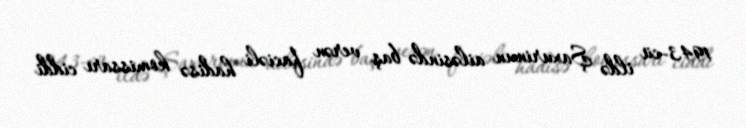
1943-cü ildə Şaxurinun ailəsində baş verən faciəli hadisə komissarı ciddi